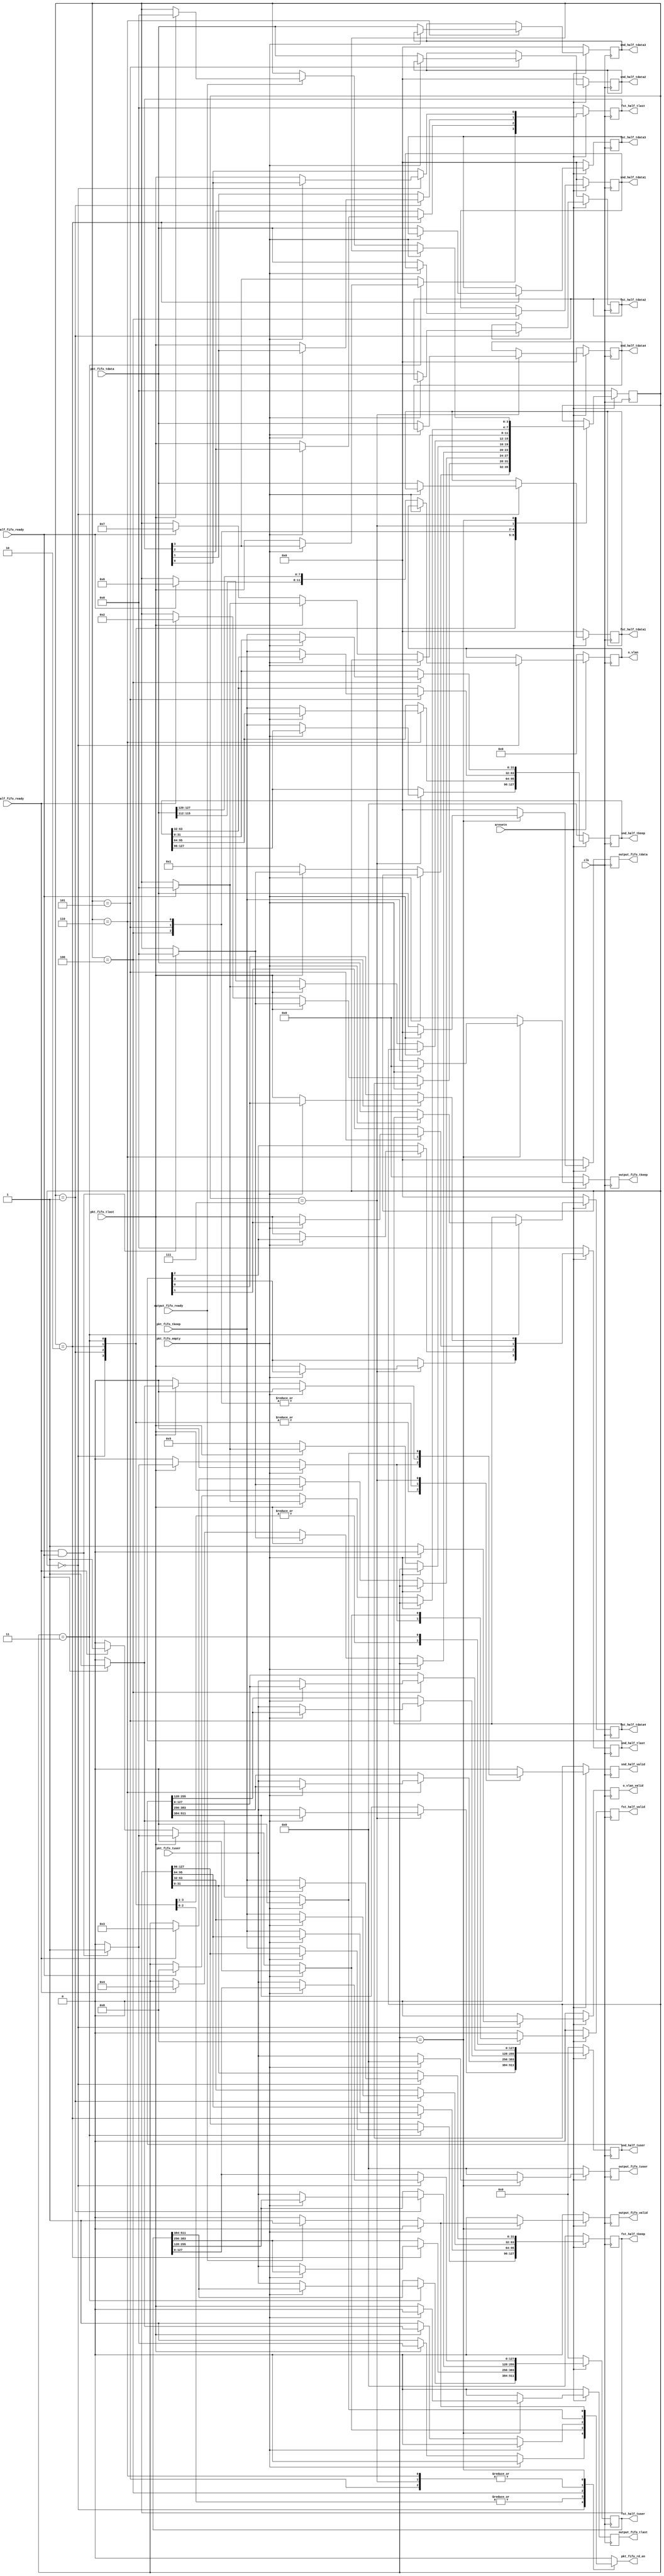
`timescale 1ns / 1ps


module depar_wait_segs #(
	parameter C_AXIS_DATA_WIDTH = 256,
	parameter C_AXIS_TUSER_WIDTH = 128,
	parameter C_NUM_SEGS = 8)
(
	input									clk,
	input									aresetn,

	// input from pkt fifo
	input [C_AXIS_DATA_WIDTH-1:0]						pkt_fifo_tdata,//phv
	input [C_AXIS_TUSER_WIDTH-1:0]						pkt_fifo_tuser,
	input [C_AXIS_DATA_WIDTH/8-1:0]						pkt_fifo_tkeep,
	input												pkt_fifo_tlast,
	input												pkt_fifo_empty,
	
	input												fst_half_fifo_ready,
	input												snd_half_fifo_ready,

	// output
	output reg											pkt_fifo_rd_en,

	output reg [11:0]									o_vlan,
	output reg											o_vlan_valid,//2048bvlan

	
	// output reg [C_AXIS_DATA_WIDTH*C_NUM_SEGS/2-1:0]		fst_half_tdata,
	output reg [C_AXIS_DATA_WIDTH-1:0]		                fst_half_tdata1,
	output reg [C_AXIS_DATA_WIDTH-1:0]		                fst_half_tdata2,
	output reg [C_AXIS_DATA_WIDTH-1:0]		                fst_half_tdata3,
	output reg [C_AXIS_DATA_WIDTH-1:0]		                fst_half_tdata4,
	output reg [C_AXIS_TUSER_WIDTH*C_NUM_SEGS/2-1:0]	    fst_half_tuser,
	output reg [C_AXIS_DATA_WIDTH/8*C_NUM_SEGS/2-1:0]	    fst_half_tkeep,
	output reg [C_NUM_SEGS/2-1:0]						    fst_half_tlast,
	output reg											    fst_half_valid,//4fifo

	// output reg [C_AXIS_DATA_WIDTH*C_NUM_SEGS/2-1:0]		snd_half_tdata,
	output reg [C_AXIS_DATA_WIDTH-1:0]					snd_half_tdata1,
	output reg [C_AXIS_DATA_WIDTH-1:0]					snd_half_tdata2,
	output reg [C_AXIS_DATA_WIDTH-1:0]					snd_half_tdata3,
	output reg [C_AXIS_DATA_WIDTH-1:0]					snd_half_tdata4,
	output reg [C_AXIS_TUSER_WIDTH*C_NUM_SEGS/2-1:0]	snd_half_tuser,
	output reg [C_AXIS_DATA_WIDTH/8*C_NUM_SEGS/2-1:0]	snd_half_tkeep,
	output reg [C_NUM_SEGS/2-1:0]						snd_half_tlast,
	output reg											snd_half_valid,//4fifo

	// output remaining segs to FIFO
	output reg [C_AXIS_DATA_WIDTH-1:0]					output_fifo_tdata,
	output reg [C_AXIS_TUSER_WIDTH-1:0]					output_fifo_tuser,
	output reg [C_AXIS_DATA_WIDTH/8-1:0]				output_fifo_tkeep,
	output reg											output_fifo_tlast,
	output reg											output_fifo_valid,
	input												output_fifo_ready
);


localparam	WAIT_FIRST_SEG=0,
			WAIT_SECOND_SEG=1,
			WAIT_THIRD_SEG=2,
			WAIT_FOURTH_SEG=3,
			WAIT_FIVE_SEG=4,
			WAIT_SIX_SEG=5,
			WAIT_SEVEN_SEG=6,
			WAIT_EIGHT_SEG=7,
			FLUSH_SEG=8;

reg [C_AXIS_DATA_WIDTH-1:0]					output_fifo_tdata_next;
reg [C_AXIS_TUSER_WIDTH-1:0]				output_fifo_tuser_next;
reg [C_AXIS_DATA_WIDTH/8-1:0]				output_fifo_tkeep_next;
reg											output_fifo_tlast_next;
reg											output_fifo_valid_next;

// reg [C_AXIS_DATA_WIDTH*C_NUM_SEGS/2-1:0]	fst_half_tdata_next, snd_half_tdata_next;
reg [C_AXIS_DATA_WIDTH-1:0]		fst_half_tdata1_next;
reg [C_AXIS_DATA_WIDTH-1:0]		fst_half_tdata2_next;
reg [C_AXIS_DATA_WIDTH-1:0]		fst_half_tdata3_next;
reg [C_AXIS_DATA_WIDTH-1:0]		fst_half_tdata4_next;
reg [C_AXIS_DATA_WIDTH-1:0]		snd_half_tdata1_next;
reg [C_AXIS_DATA_WIDTH-1:0]		snd_half_tdata2_next;
reg [C_AXIS_DATA_WIDTH-1:0]		snd_half_tdata3_next;
reg [C_AXIS_DATA_WIDTH-1:0]		snd_half_tdata4_next;

reg [C_AXIS_TUSER_WIDTH*C_NUM_SEGS/2-1:0]	fst_half_tuser_next, snd_half_tuser_next;
reg [C_AXIS_DATA_WIDTH/8*C_NUM_SEGS/2-1:0]	fst_half_tkeep_next, snd_half_tkeep_next;
reg [C_NUM_SEGS/2-1:0]						fst_half_tlast_next, snd_half_tlast_next;

reg											fst_half_valid_next, snd_half_valid_next;
reg vlan_valid_next;
reg [11:0] vlan_next;

reg [3:0] state, state_next;

always @(*) begin

	state_next = state;

	pkt_fifo_rd_en = 0;

	// fst_half_tdata_next = fst_half_tdata;
	fst_half_tdata1_next = fst_half_tdata1;
	fst_half_tdata2_next = fst_half_tdata2;
	fst_half_tdata3_next = fst_half_tdata3;
	fst_half_tdata4_next = fst_half_tdata4;
	fst_half_tuser_next  = fst_half_tuser ;
	fst_half_tkeep_next  = fst_half_tkeep ;
	fst_half_tlast_next  = fst_half_tlast ;

	// snd_half_tdata_next = snd_half_tdata;
	snd_half_tdata1_next = snd_half_tdata1;
	snd_half_tdata2_next = snd_half_tdata2;
	snd_half_tdata3_next = snd_half_tdata3;
	snd_half_tdata4_next = snd_half_tdata4;
	snd_half_tuser_next  = snd_half_tuser;
	snd_half_tkeep_next  = snd_half_tkeep;
	snd_half_tlast_next  = snd_half_tlast;

	fst_half_valid_next = 0;
	snd_half_valid_next = 0;
	vlan_valid_next = 0;
	vlan_next = o_vlan;

	// output remaining segs
	output_fifo_tdata_next = 0;
	output_fifo_tuser_next = 0;
	output_fifo_tkeep_next = 0;
	output_fifo_tlast_next = 0;
	output_fifo_valid_next = 0;

	case (state)
		WAIT_FIRST_SEG: begin
			if (!pkt_fifo_empty) begin
				fst_half_tdata1_next[0+:C_AXIS_DATA_WIDTH] = pkt_fifo_tdata;
				fst_half_tuser_next[0+:C_AXIS_TUSER_WIDTH] = pkt_fifo_tuser;
				fst_half_tkeep_next[0+:C_AXIS_DATA_WIDTH/8] = pkt_fifo_tkeep;
				fst_half_tlast_next[0] = pkt_fifo_tlast;

				vlan_next = {pkt_fifo_tdata[115:112],pkt_fifo_tdata[127:120]};
				vlan_valid_next = 1;

				if (pkt_fifo_tlast) begin
					if (fst_half_fifo_ready && snd_half_fifo_ready) begin
						pkt_fifo_rd_en = 1;
						fst_half_valid_next = 1;//
						snd_half_valid_next = 1;
						state_next = WAIT_FIRST_SEG;
					end
				end
				else begin
					pkt_fifo_rd_en = 1;
					state_next = WAIT_SECOND_SEG;
				end
			end
		end
		WAIT_SECOND_SEG: begin
			if (!pkt_fifo_empty) begin
				fst_half_tdata2_next[0+:C_AXIS_DATA_WIDTH] = pkt_fifo_tdata;
				fst_half_tuser_next[C_AXIS_TUSER_WIDTH+:C_AXIS_TUSER_WIDTH] = pkt_fifo_tuser;
				fst_half_tkeep_next[C_AXIS_DATA_WIDTH/8+:C_AXIS_DATA_WIDTH/8] = pkt_fifo_tkeep;
				fst_half_tlast_next[1] = pkt_fifo_tlast;


				if (pkt_fifo_tlast) begin
					if (fst_half_fifo_ready && snd_half_fifo_ready) begin
						pkt_fifo_rd_en = 1;
						fst_half_valid_next = 1;
						snd_half_valid_next = 1;
						state_next = WAIT_FIRST_SEG;
					end
				end
				else begin
					if (fst_half_fifo_ready) begin
						pkt_fifo_rd_en = 1;
						state_next = WAIT_THIRD_SEG;
					end
				end
			end
		end
		WAIT_THIRD_SEG: begin
			if (!pkt_fifo_empty) begin
				fst_half_tdata3_next[0+:C_AXIS_DATA_WIDTH] = pkt_fifo_tdata;
				fst_half_tuser_next[2*C_AXIS_TUSER_WIDTH+:C_AXIS_TUSER_WIDTH] = pkt_fifo_tuser;
				fst_half_tkeep_next[2*C_AXIS_DATA_WIDTH/8+:C_AXIS_DATA_WIDTH/8] = pkt_fifo_tkeep;
				fst_half_tlast_next[2] = pkt_fifo_tlast;


				if (pkt_fifo_tlast) begin
					if (fst_half_fifo_ready && snd_half_fifo_ready) begin
						pkt_fifo_rd_en = 1;
						fst_half_valid_next = 1;
						snd_half_valid_next = 1;
						state_next = WAIT_FIRST_SEG;
					end
				end
				else begin
					if (fst_half_fifo_ready) begin
						pkt_fifo_rd_en = 1;
						state_next = WAIT_FOURTH_SEG;
					end
				end
			end
		end
		WAIT_FOURTH_SEG: begin
			if (!pkt_fifo_empty) begin
				fst_half_tdata4_next[0+:C_AXIS_DATA_WIDTH] = pkt_fifo_tdata;
				fst_half_tuser_next[3*C_AXIS_TUSER_WIDTH+:C_AXIS_TUSER_WIDTH] = pkt_fifo_tuser;
				fst_half_tkeep_next[3*C_AXIS_DATA_WIDTH/8+:C_AXIS_DATA_WIDTH/8] = pkt_fifo_tkeep;
				fst_half_tlast_next[3] = pkt_fifo_tlast;


				if (pkt_fifo_tlast) begin
					if (fst_half_fifo_ready && snd_half_fifo_ready) begin
						pkt_fifo_rd_en = 1;
						fst_half_valid_next = 1;
						snd_half_valid_next = 1;
						state_next = WAIT_FIRST_SEG;
					end
				end
				else begin
					if (fst_half_fifo_ready) begin
						pkt_fifo_rd_en = 1;
						fst_half_valid_next = 1;
						state_next = WAIT_FIVE_SEG;
					end
				end
			end
		end
		WAIT_FIVE_SEG:begin
			if (!pkt_fifo_empty) begin
				snd_half_tdata1_next[0+:C_AXIS_DATA_WIDTH] = pkt_fifo_tdata;
				snd_half_tuser_next[0+:C_AXIS_TUSER_WIDTH] = pkt_fifo_tuser;
				snd_half_tkeep_next[0+:C_AXIS_DATA_WIDTH/8] = pkt_fifo_tkeep;
				snd_half_tlast_next[0] = pkt_fifo_tlast;


				if (pkt_fifo_tlast) begin
					if (snd_half_fifo_ready) begin
						pkt_fifo_rd_en = 1;
						snd_half_valid_next = 1;
						state_next = WAIT_FIRST_SEG;
					end
				end
				else begin
					pkt_fifo_rd_en = 1;
					state_next = WAIT_SIX_SEG;
				end
			end
		end
		WAIT_SIX_SEG:begin
			if (!pkt_fifo_empty) begin
				snd_half_tdata2_next[0+:C_AXIS_DATA_WIDTH] = pkt_fifo_tdata;
				snd_half_tuser_next[C_AXIS_TUSER_WIDTH+:C_AXIS_TUSER_WIDTH] = pkt_fifo_tuser;
				snd_half_tkeep_next[C_AXIS_DATA_WIDTH/8+:C_AXIS_DATA_WIDTH/8] = pkt_fifo_tkeep;
				snd_half_tlast_next[1] = pkt_fifo_tlast;


				if (pkt_fifo_tlast) begin
					if (snd_half_fifo_ready) begin
						pkt_fifo_rd_en = 1;
						snd_half_valid_next = 1; 
						state_next = WAIT_FIRST_SEG; 
					end
				end
				else begin
					if (snd_half_fifo_ready) begin
						pkt_fifo_rd_en = 1;
						state_next = WAIT_SEVEN_SEG;
					end
				end
			end
		end
		WAIT_SEVEN_SEG:begin
			if (!pkt_fifo_empty) begin
				snd_half_tdata3_next[0+:C_AXIS_DATA_WIDTH] = pkt_fifo_tdata;
				snd_half_tuser_next[2*C_AXIS_TUSER_WIDTH+:C_AXIS_TUSER_WIDTH] = pkt_fifo_tuser;
				snd_half_tkeep_next[2*C_AXIS_DATA_WIDTH/8+:C_AXIS_DATA_WIDTH/8] = pkt_fifo_tkeep;
				snd_half_tlast_next[2] = pkt_fifo_tlast;


				if (pkt_fifo_tlast) begin
					if (snd_half_fifo_ready) begin
						pkt_fifo_rd_en = 1;
						snd_half_valid_next = 1; 
						state_next = WAIT_FIRST_SEG; 
					end
				end
				else begin
					if (snd_half_fifo_ready) begin
						pkt_fifo_rd_en = 1;
						state_next = WAIT_EIGHT_SEG;
					end
				end
			end
		end
		WAIT_EIGHT_SEG:begin
			if (!pkt_fifo_empty) begin
				snd_half_tdata4_next[0+:C_AXIS_DATA_WIDTH] = pkt_fifo_tdata;
				snd_half_tuser_next[3*C_AXIS_TUSER_WIDTH+:C_AXIS_TUSER_WIDTH] = pkt_fifo_tuser;
				snd_half_tkeep_next[3*C_AXIS_DATA_WIDTH/8+:C_AXIS_DATA_WIDTH/8] = pkt_fifo_tkeep;
				snd_half_tlast_next[3] = pkt_fifo_tlast;


				if (pkt_fifo_tlast) begin
					if (snd_half_fifo_ready) begin
						pkt_fifo_rd_en = 1;
						snd_half_valid_next = 1; 
						state_next = WAIT_FIRST_SEG; 
					end
				end
				else begin
					if (snd_half_fifo_ready) begin
						pkt_fifo_rd_en = 1;
						snd_half_valid_next = 1;
						state_next = FLUSH_SEG;
					end
				end
			end
		end
		FLUSH_SEG: begin
			if (!pkt_fifo_empty) begin
				output_fifo_tdata_next = pkt_fifo_tdata;
				output_fifo_tuser_next = pkt_fifo_tuser;
				output_fifo_tkeep_next = pkt_fifo_tkeep;
				output_fifo_tlast_next = pkt_fifo_tlast;

				if (output_fifo_ready) begin
					output_fifo_valid_next = 1;
					pkt_fifo_rd_en = 1;
					if (pkt_fifo_tlast) begin
						state_next = WAIT_FIRST_SEG;
					end
				end
			end
		end
	endcase
end


always @(posedge clk) begin
	if (~aresetn) begin
		state <= WAIT_FIRST_SEG;

		// fst_half_tdata <= 0;
		fst_half_tdata1 <= 0;
		fst_half_tdata2 <= 0;
		fst_half_tdata3 <= 0;
		fst_half_tdata4 <= 0;
		fst_half_tuser  <= 0;
		fst_half_tkeep  <= 0;
		fst_half_tlast  <= 0;

		// snd_half_tdata <= 0;
		snd_half_tdata1 <= 0;
		snd_half_tdata2 <= 0;
		snd_half_tdata3 <= 0;
		snd_half_tdata4 <= 0;
		snd_half_tuser  <= 0;
		snd_half_tkeep  <= 0;
		snd_half_tlast  <= 0;

		fst_half_valid <= 0;
		snd_half_valid <= 0;
		o_vlan_valid <= 0;
		o_vlan <= 0;
		//
		output_fifo_tdata <= 0;
		output_fifo_tuser <= 0;
		output_fifo_tkeep <= 0;
		output_fifo_tlast <= 0;
		output_fifo_valid <= 0;
	end
	else begin
		state <= state_next;

		// fst_half_tdata <= fst_half_tdata_next;
		fst_half_tdata1 <= fst_half_tdata1_next;
		fst_half_tdata2 <= fst_half_tdata2_next;
		fst_half_tdata3 <= fst_half_tdata3_next;
		fst_half_tdata4 <= fst_half_tdata4_next;
		fst_half_tuser <= fst_half_tuser_next;
		fst_half_tkeep <= fst_half_tkeep_next;
		fst_half_tlast <= fst_half_tlast_next;

		// snd_half_tdata <= snd_half_tdata_next;
		snd_half_tdata1 <= snd_half_tdata1_next;
		snd_half_tdata2 <= snd_half_tdata2_next;
		snd_half_tdata3 <= snd_half_tdata3_next;
		snd_half_tdata4 <= snd_half_tdata4_next;
		snd_half_tuser <= snd_half_tuser_next;
		snd_half_tkeep <= snd_half_tkeep_next;
		snd_half_tlast <= snd_half_tlast_next;

		fst_half_valid <= fst_half_valid_next;
		snd_half_valid <= snd_half_valid_next;
		o_vlan_valid <= vlan_valid_next;
		o_vlan <= vlan_next;
		//
		output_fifo_tdata <= output_fifo_tdata_next;
		output_fifo_tuser <= output_fifo_tuser_next;
		output_fifo_tkeep <= output_fifo_tkeep_next;
		output_fifo_tlast <= output_fifo_tlast_next;
		output_fifo_valid <= output_fifo_valid_next;
	end
end

endmodule